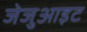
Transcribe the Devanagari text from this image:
जेजुआइट